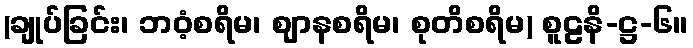
(ချုပ်ခြင်း၊ ဘဝံ့စရိမ၊ ဈာနစရိမ၊ စုတိစရိမ) စူဠနိ-ဋ္ဌ-၆။